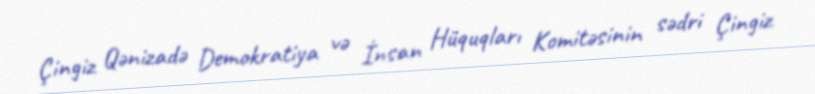
Çingiz Qənizadə Demokratiya və İnsan Hüquqları Komitəsinin sədri Çingiz